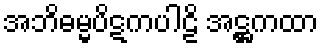
အဘိဓမ္မပိဋကပါဠိ အဋ္ဌကထာ